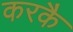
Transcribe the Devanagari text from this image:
करकै